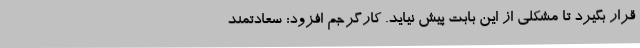
قرار بگیرد تا مشکلی از این بابت پیش نیاید. کارگرجم افزود: سعادتمند